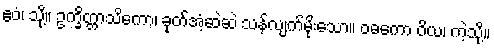
ဧဝံ၊ သို့။ ဥက္ခိတ္တာသိကော၊ ခုတ်အံ့ဆဲဆဲ သန်လျက်မိုးသော။ ဝဓကော ဝိယ၊ ကဲ့သို့။